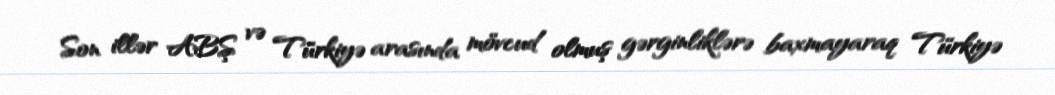
Son illər ABŞ və Türkiyə arasında mövcud olmuş gərginliklərə baxmayaraq Türkiyə